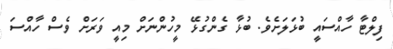
ފިލްޓާ ހާއްސައީ ބުޅަލަށެވެ. ބުޅާ ގެންގުޅޭ މީހުންނަށް މިއީ ވަރަށް ވެސް ހާއްސަ